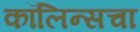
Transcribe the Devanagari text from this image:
कॉलिन्सचा